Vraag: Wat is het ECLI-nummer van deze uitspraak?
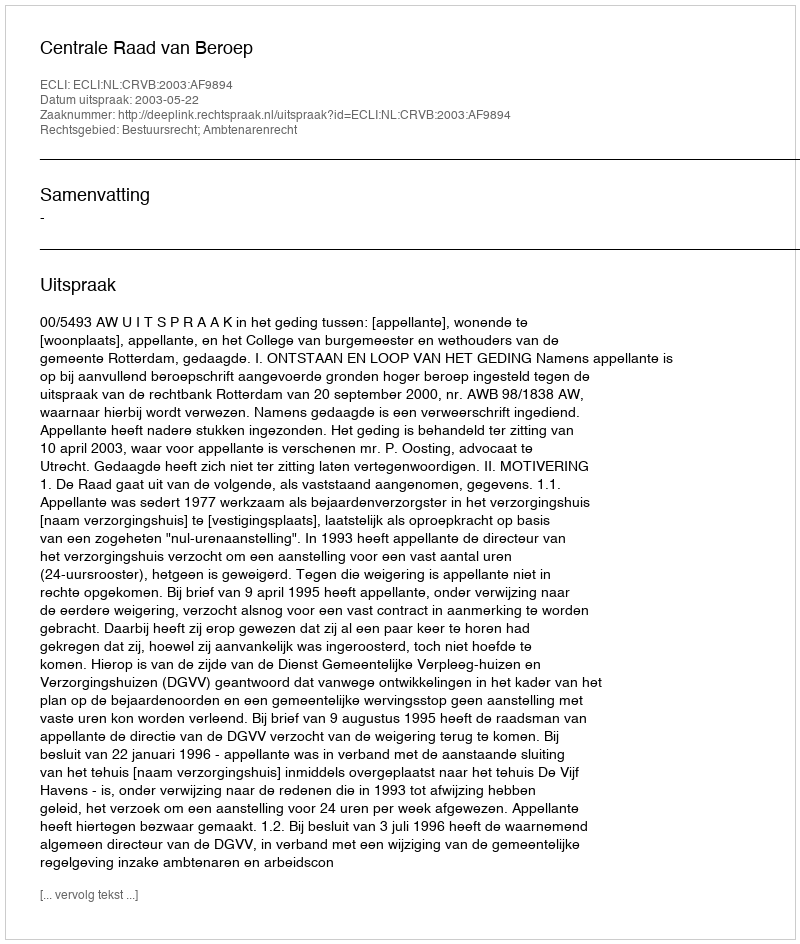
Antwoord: ECLI:NL:CRVB:2003:AF9894